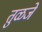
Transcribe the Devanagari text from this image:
तुळजे